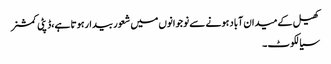
کھیل کے میدان آباد ہونے سے نوجوانوں میں شعور بیدارہوتا ہے،ڈپٹی کمشنر
سیالکوٹ ۔